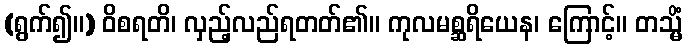
(ရွက်၍။) ဝိစရတိ၊ လှည့်လည်ရတတ်၏။ ကုလမစ္ဆရိယေန၊ ကြောင့်။ တသ္မိံ